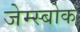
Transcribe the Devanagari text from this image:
जेम्स्बोक